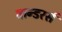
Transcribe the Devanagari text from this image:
वान्डरर्स